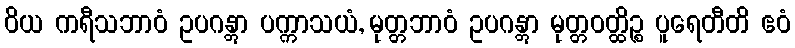
ဝိယ ကရီသဘာဝံ ဥပဂန္တွာ ပက္ကာသယံ, မုတ္တဘာဝံ ဥပဂန္တွာ မုတ္တဝတ္ထိဉ္စ ပူရေတီတိ ဧဝံ